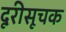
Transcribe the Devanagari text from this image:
दूरीसूचक